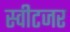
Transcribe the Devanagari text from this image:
स्वीटजर